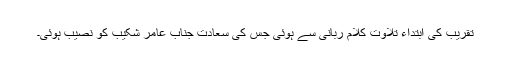
تقریب کی ابتداء تلاوتِ کلام ربانی سے ہوئی جس کی سعادت جناب عامر شکیب کو نصیب ہوئی۔